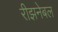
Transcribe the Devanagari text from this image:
रीझनेबल